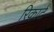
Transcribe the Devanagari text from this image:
रिकार्ट